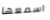
اسمعها